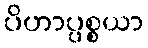
ပိဟာပ္ပစ္စယာ